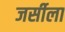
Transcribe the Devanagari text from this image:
जर्सीला